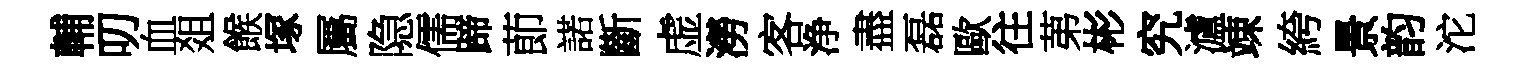
輔叨血爼餱塚屬隐儒蹄莭諾斷虚澇客浄盡磊歐往苐彬究瀘竦絝景韵沱